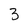
Character: 3